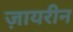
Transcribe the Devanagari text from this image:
ज़ायरीन